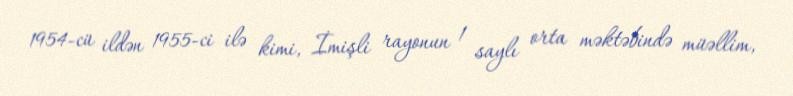
1954-cü ildən 1955-ci ilə kimi, İmişli rayonun 1 saylı orta məktəbində müəllim,